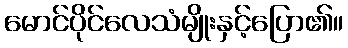
မောင်ပိုင်လေသံမျိုးနှင့်ပြော၏။